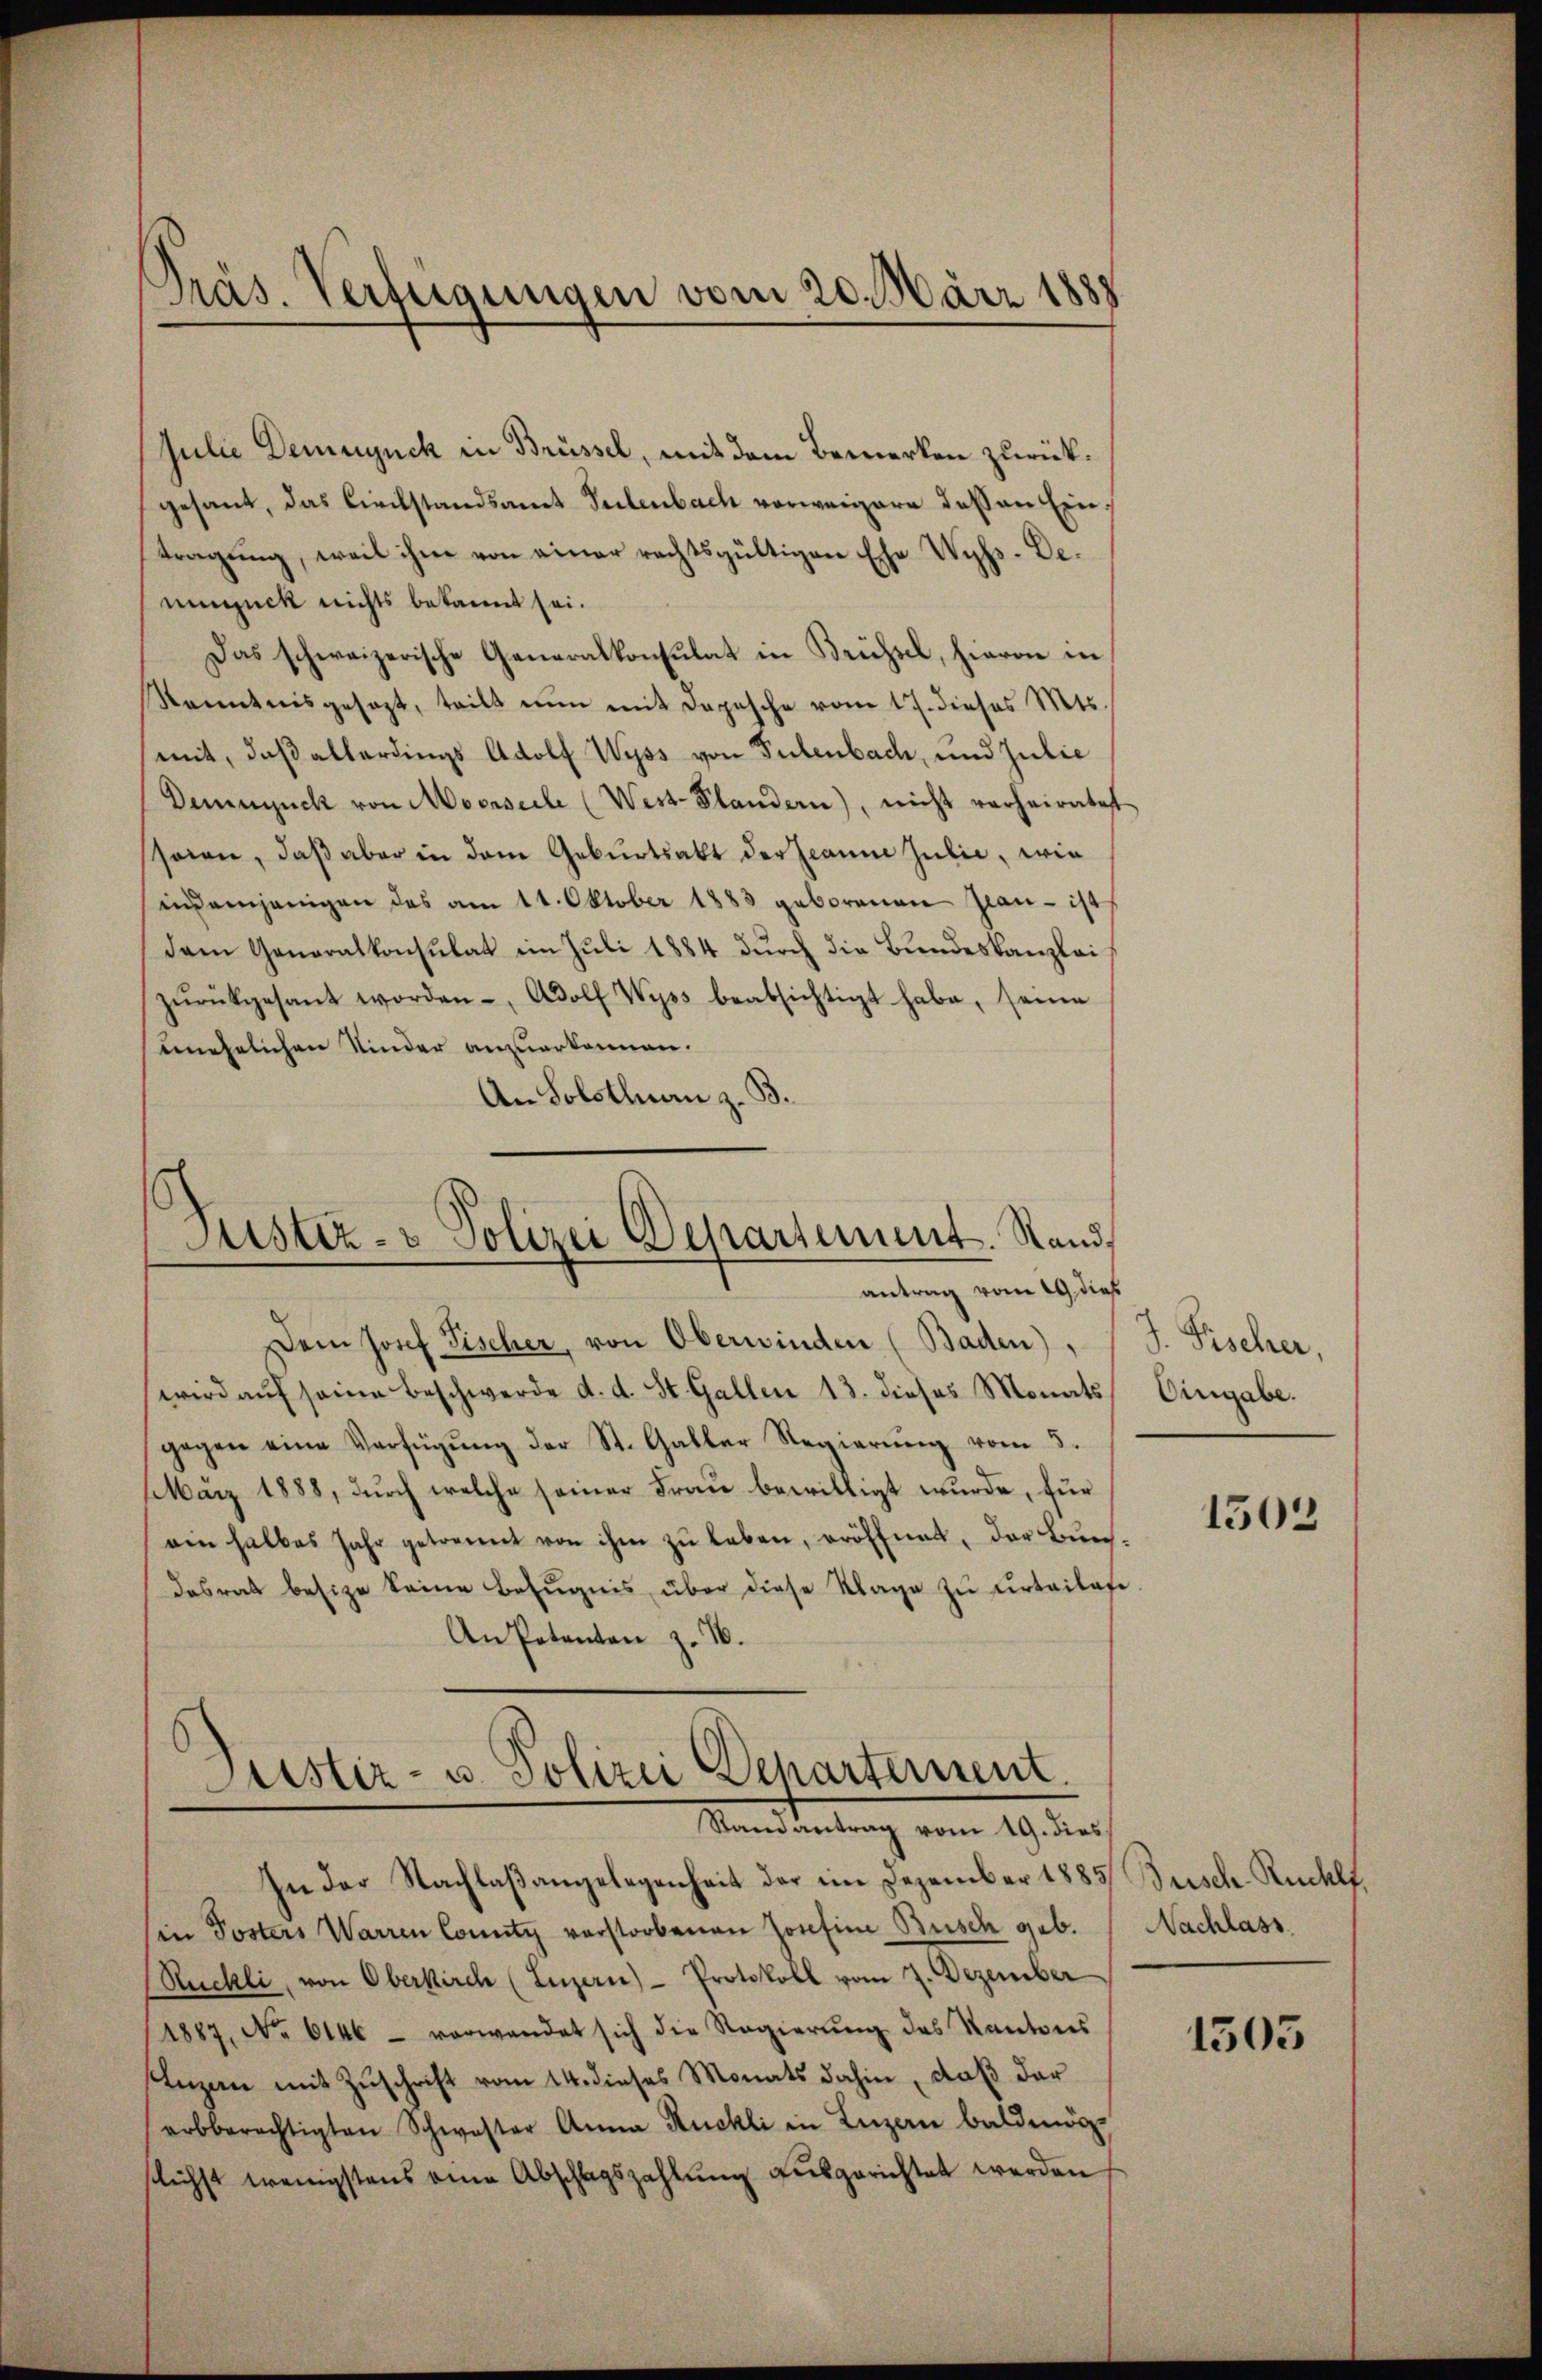
Präs. Verfügungen vom 20. März 1888

Julie Demunck in Brüssel, mit dem Bemerken zurückgesant, das Circkstandsamt Pulenbach vorweigere dessen Eintragung, weil ihme von einer rechtsgültigen Ehe Wyss. Denumuck nichts bekannt sei.
Das schweizerische Generalkonsulat in Brüssel, hievon in
Kanntnisgesezt, teilt nun mit Depesche vom 17. dieses Mts.
mit, daß allerdings Adolf Wyss von Tulenbach, und Julie
Demisch von Moorseele (West-Plandern), nicht verheiratet
ssoren, daß aber in dem Geburtsakt der Jeanne Julie, wie
indemjenigen des am 11. Oktober 1883 geborenen Jean - ist
dem Generalkonsulat im Juli 1884 durch die Bundeskanzlei
zŭrückgesant worden, Adolf Wyss beabsichtigt habe, seine
unehelichen Kinder anzuerkennen.
An Solothurn z. B.

Justiz- & Polizei Departement. Randantrag vom 19. dies

Dein Josef Fischer, von Oberwinden (Baden),
wird aŭf seine Beschwerde d. d. St. Gallen 13. dieses Monats Eingabe.
gegen eine Verfügung der St. Galler Regierung vom 5.
März 1888, durch welche seiner Frau bewilligt wurde, für
ein halbes Jahr getrennt von ihm zŭ leben, eröffnet, der Burchdesrat besize keine Befugnis über diese Klage zu urtailofe
An Petenten z. 16.

Justiz- u. Polizei Departement.
Mandantung vom 19. der
In der Nachlaßangelegenheit der im Dezember 1885/ Busch Ruchlf

in Posters Warren County verstorbenen Josefine Busch geb.
Rüchli, von Oberkirch (Luzern) - Protokoll vom 2. Dezember
(1887, No 6146 - vorwandet sich die Regierŭng des Kantons
Inzan mit Zuschrift vom 14. dieses Monats dahin, daß der
arbberechtigten Schwester Anna Ruckli in Luzern baldmög-
slichst wenigstens eine Abschlagszahlŭng aŭsgerichtet werden

J. Fischer,

1502

Nachlass.

1505